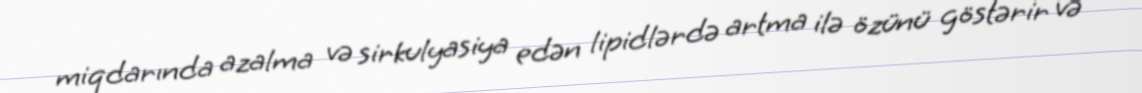
miqdarında azalma və sirkulyasiya edən lipidlərdə artma ilə özünü göstərir və